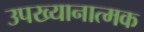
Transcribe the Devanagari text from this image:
उपख्यानात्मक